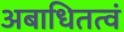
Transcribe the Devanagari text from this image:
अबाधितत्वं